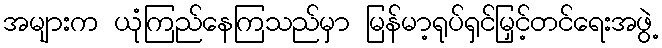
အများက ယုံကြည်နေကြသည်မှာ မြန်မာ့ရုပ်ရှင်မြှင့်တင်ရေးအဖွဲ့